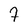
Character: 7